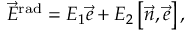
\vec { E } ^ { \mathrm { r a d } } = E _ { 1 } \vec { e } + E _ { 2 } \left[ \vec { n } , \vec { e } \right] ,